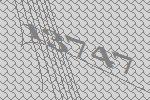
13747